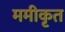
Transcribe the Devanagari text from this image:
ममीकृत